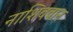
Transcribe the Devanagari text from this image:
नाशिबवान